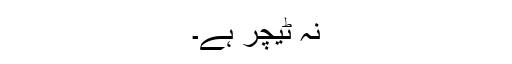
نہ ٹیچر ہے۔